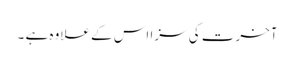
آخرت کی سزا اس کے علاوہ ہے ۔